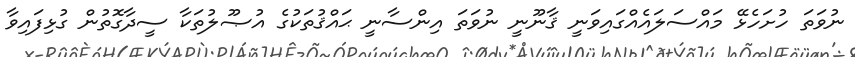
ނުވަތަ ހުށަހެޅޭ މައްސަލައެއްގައިވަނީ ޤާނޫނީ ނުވަތަ އިންސާނީ ޙައްޤުތަކުގެ އުޞޫލުތަކާ ސީދާގޮތުން ގުޅިފައިވާ